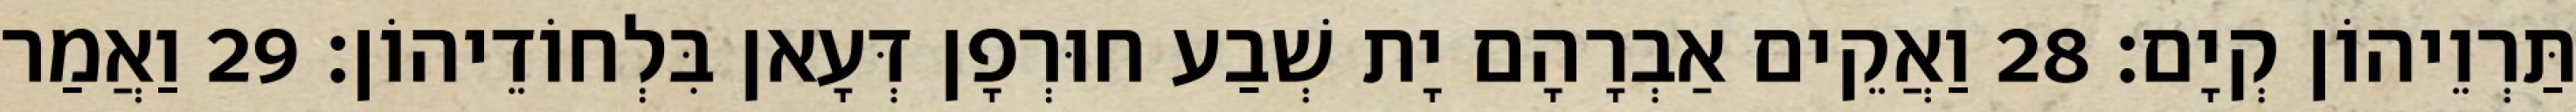
תַּרְוֵיהוֹן קְיָם׃ 28 וַאֲקֵים אַבְרָהָם יָת שְׁבַע חוּרְפָן דְּעָאן בִּלְחוֹדֵיהוֹן׃ 29 וַאֲמַר